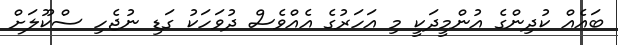
ބައެއް ކުދިންގެ އުންމީދަކީ މި އަހަރުގެ އެއްވެސް ދުވަހަކު ގަޑި ނުޖެހި ސްކޫލަށް